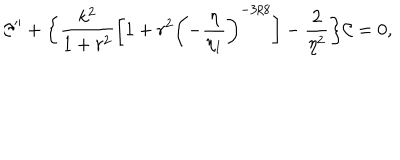
{ \cal C } ^ { \prime \prime } + \biggl \{ \frac { k ^ { 2 } } { 1 + r ^ { 2 } } \biggl [ 1 + r ^ { 2 } \biggl ( - \frac { \eta } { \eta _ { 1 } } \biggr ) ^ { - 3 / 8 } \biggr ] - \frac { 2 } { \eta ^ { 2 } } \biggr \} { \cal C } = 0 ,